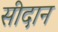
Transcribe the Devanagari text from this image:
सीदान